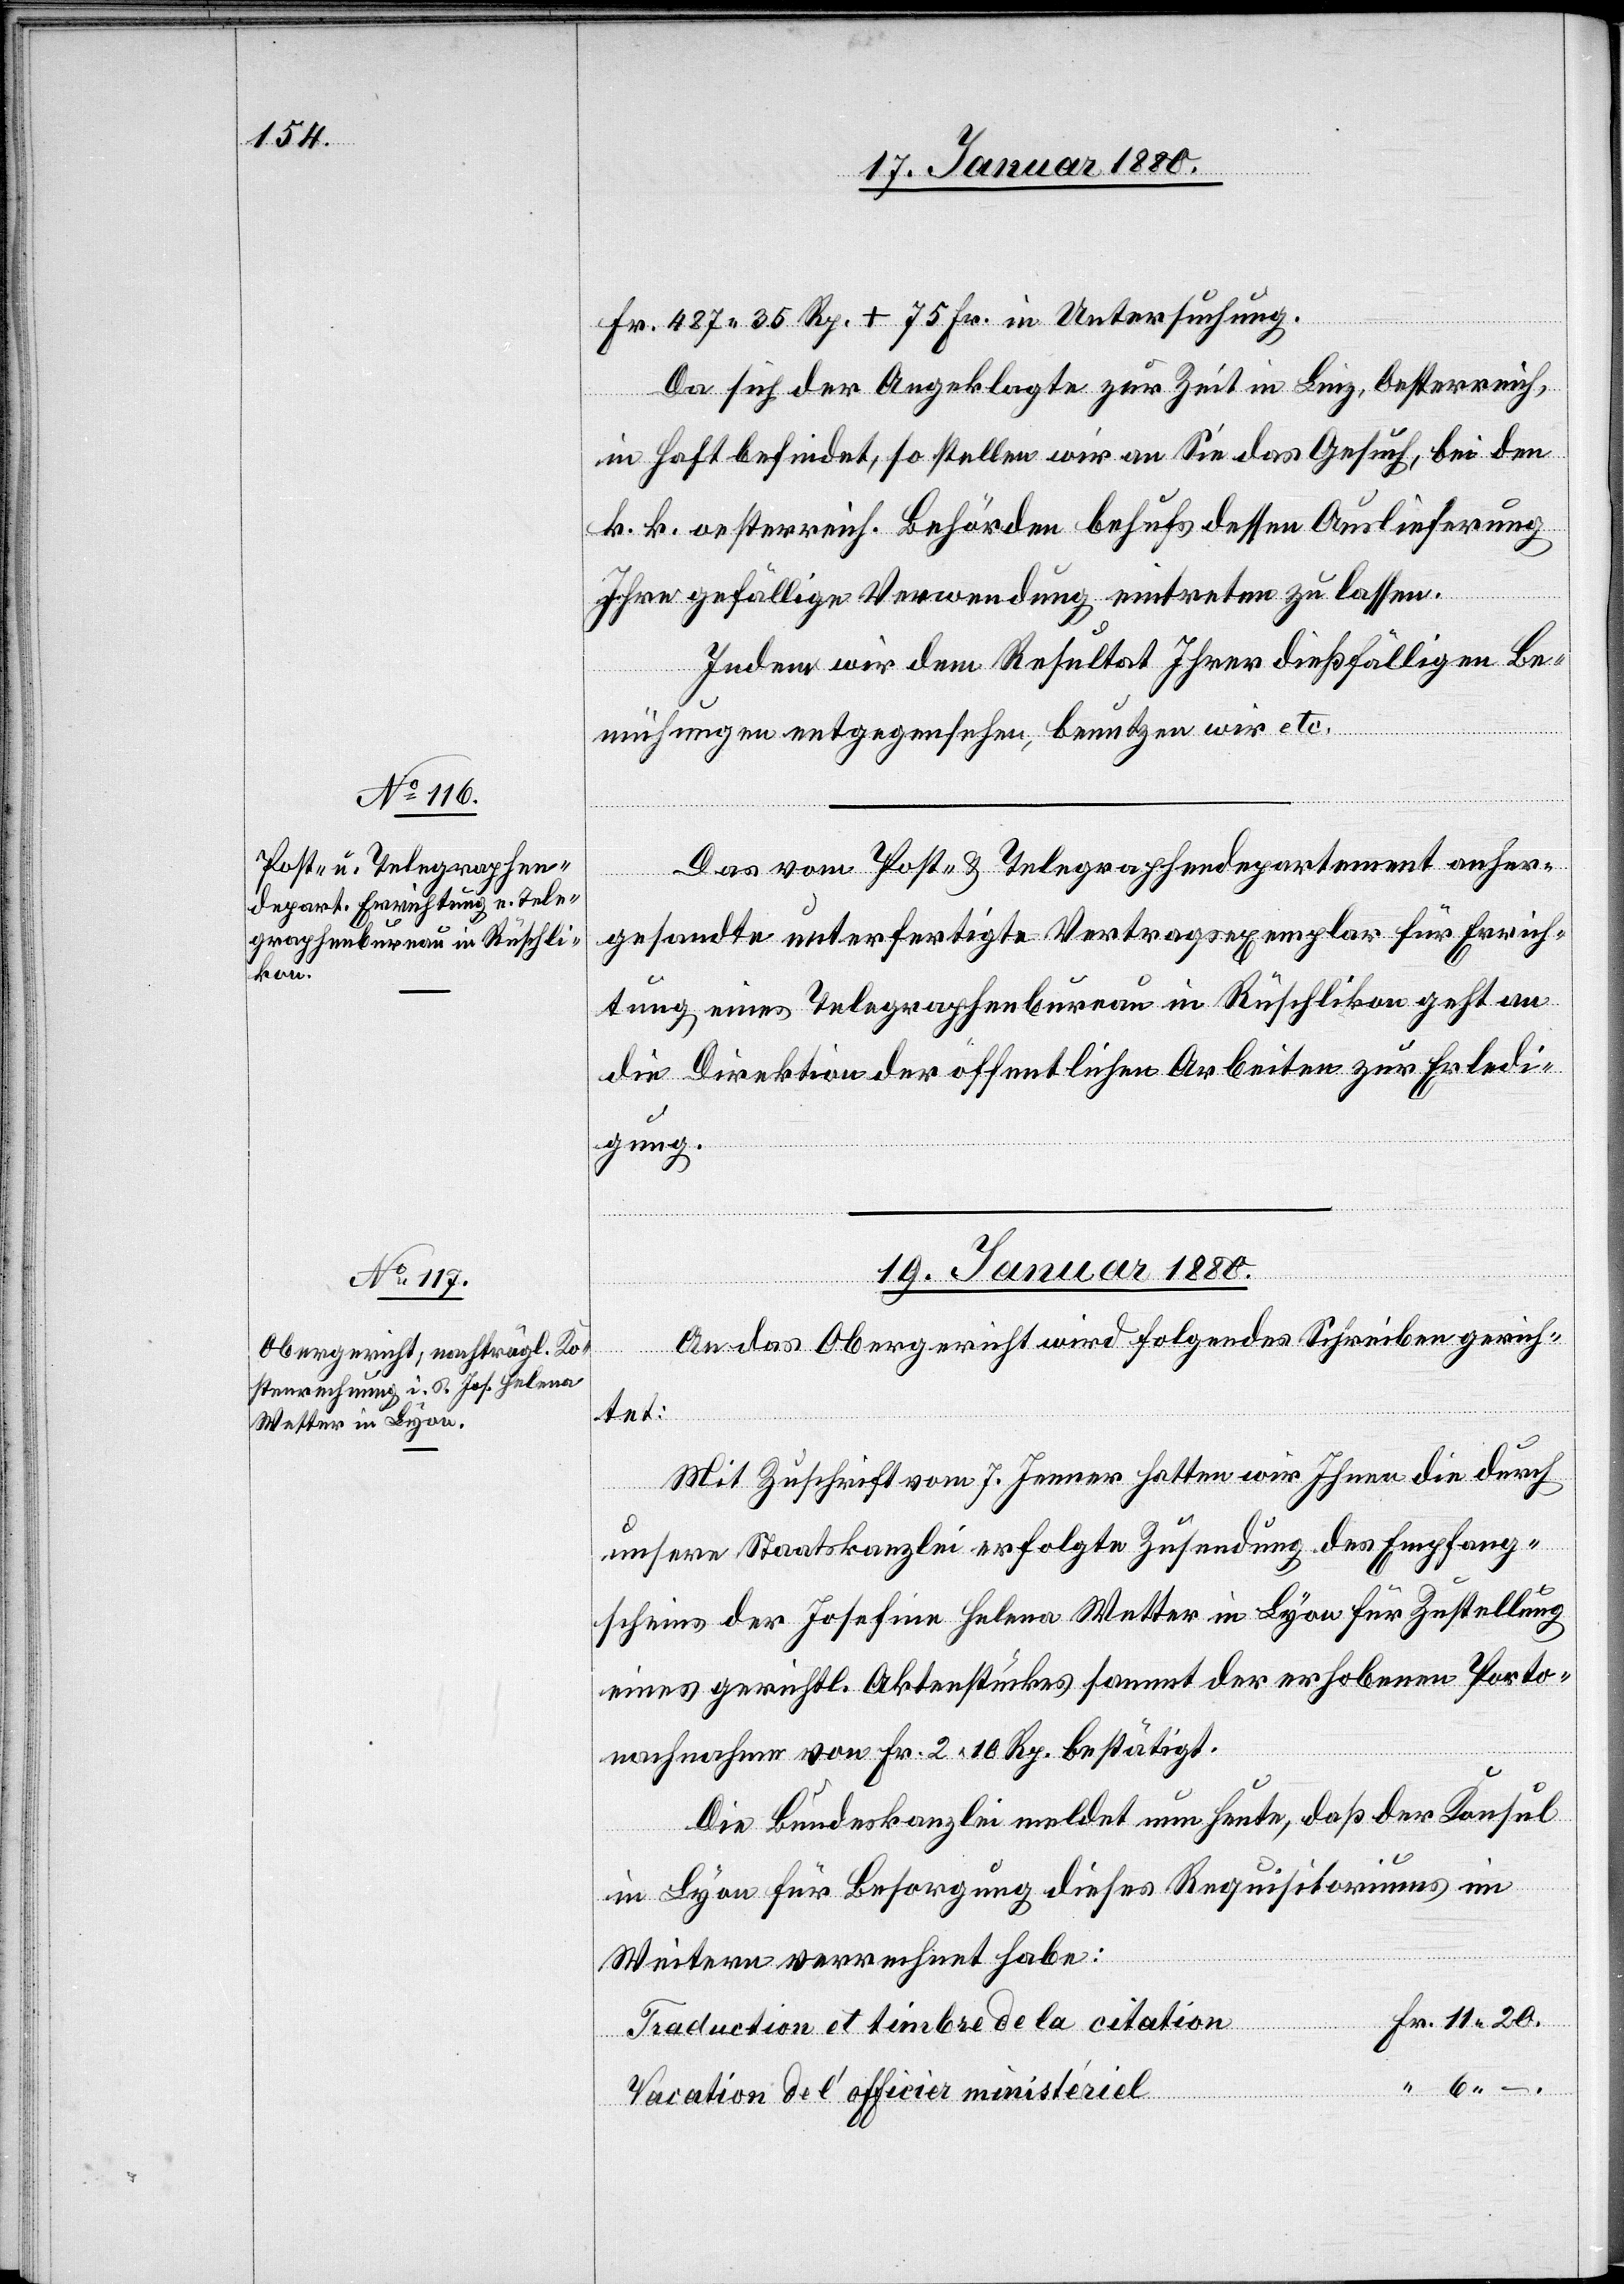
17. Januar 1880.]
Fr. 487.35 Rp. + 75 Fr. in Untersuchung.
Da sich der Angeklagte zur Zeit in Linz, Oesterreich
in Haft befindet, so stellen wir an Sie das Gesuch, bei den
k. k. oesterreich. Behörden behufs dessen Auslieferung
Ihre gefällige Verwendung eintreten zu lassen.
Indem wir dem Resultat Ihrer dießfälligen Be¬
mühungen entgegensehen, benutzen wir etc.
Das vom Post- & Telegraphendepartement anher¬
gesandte unterfertigte Vertragsexemplar für Errich¬
tung eines Telegraphenbureau in Rüschlikon geht an
die Direktion der öffentlichen Arbeiten zur Erledi¬
gung.
19. Januar 1880.
An das Obergericht wird folgendes Schreiben gerich¬
–.
tet:
Mit Zuschrift vom 7. Jenner hatten wir Ihnen die durch
unsere Staatskanzlei erfolgte Zusendung des Empfang¬
scheins der Josefine Helena Wetter in Lyon für Zustellung
eines gerichtl. Aktenstückes sammt der erhobenen Porto¬
nachnahme von Fr. 2.10 Rp. bestätigt.
Die Bundeskanzlei meldet nun heute, daß der Konsul
in Lyon für Besorgung dieses Requisitoriums im
Weitern verrechnet habe:
Traduction et timbre de la citation
Vacation de l’officier ministériel